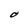
Character: O